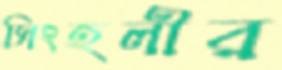
সিংহলীর